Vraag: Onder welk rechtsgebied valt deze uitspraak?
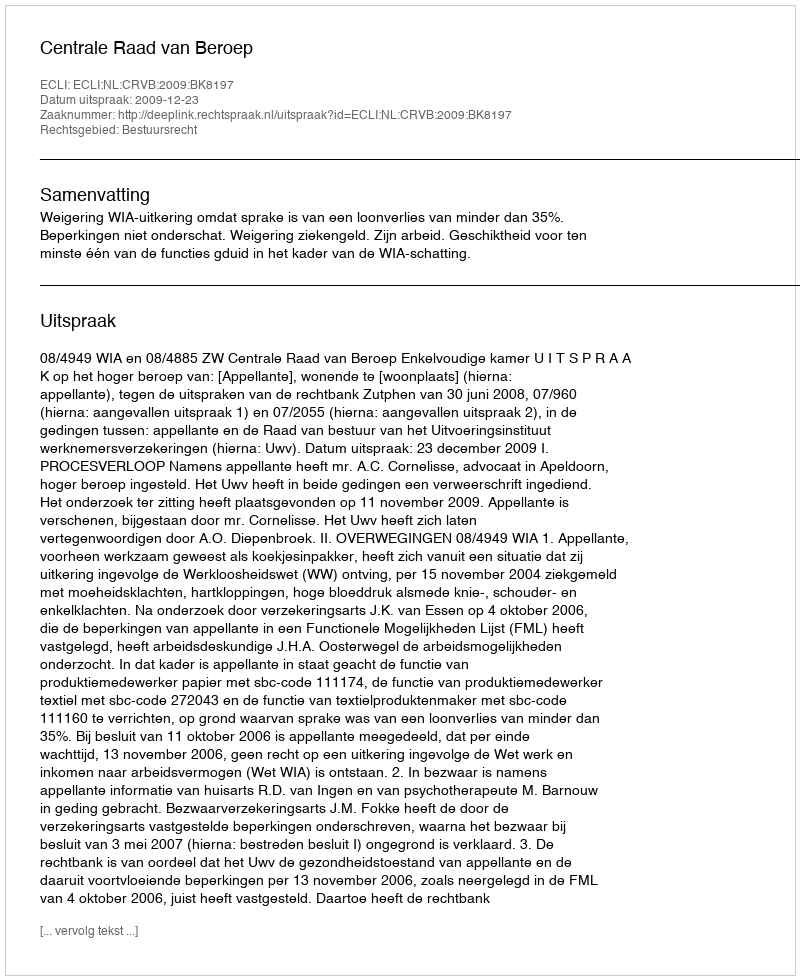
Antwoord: Bestuursrecht